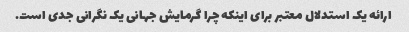
ارائه یک استدلال معتبر برای اینکه چرا گرمایش جهانی یک نگرانی جدی است.